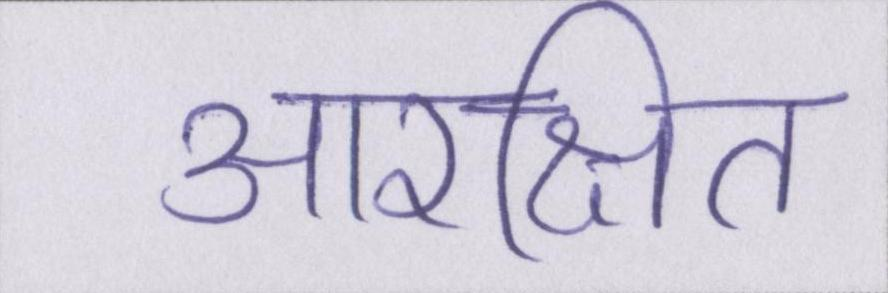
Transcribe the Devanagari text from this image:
आरक्षित